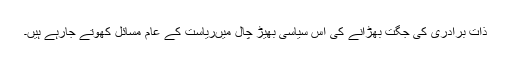
ذات برادری کی جگت بھڑانے کی اس سیاسی بھیڑ چال میںریاست کے عام مسائل کھوتے جارہے ہیں۔